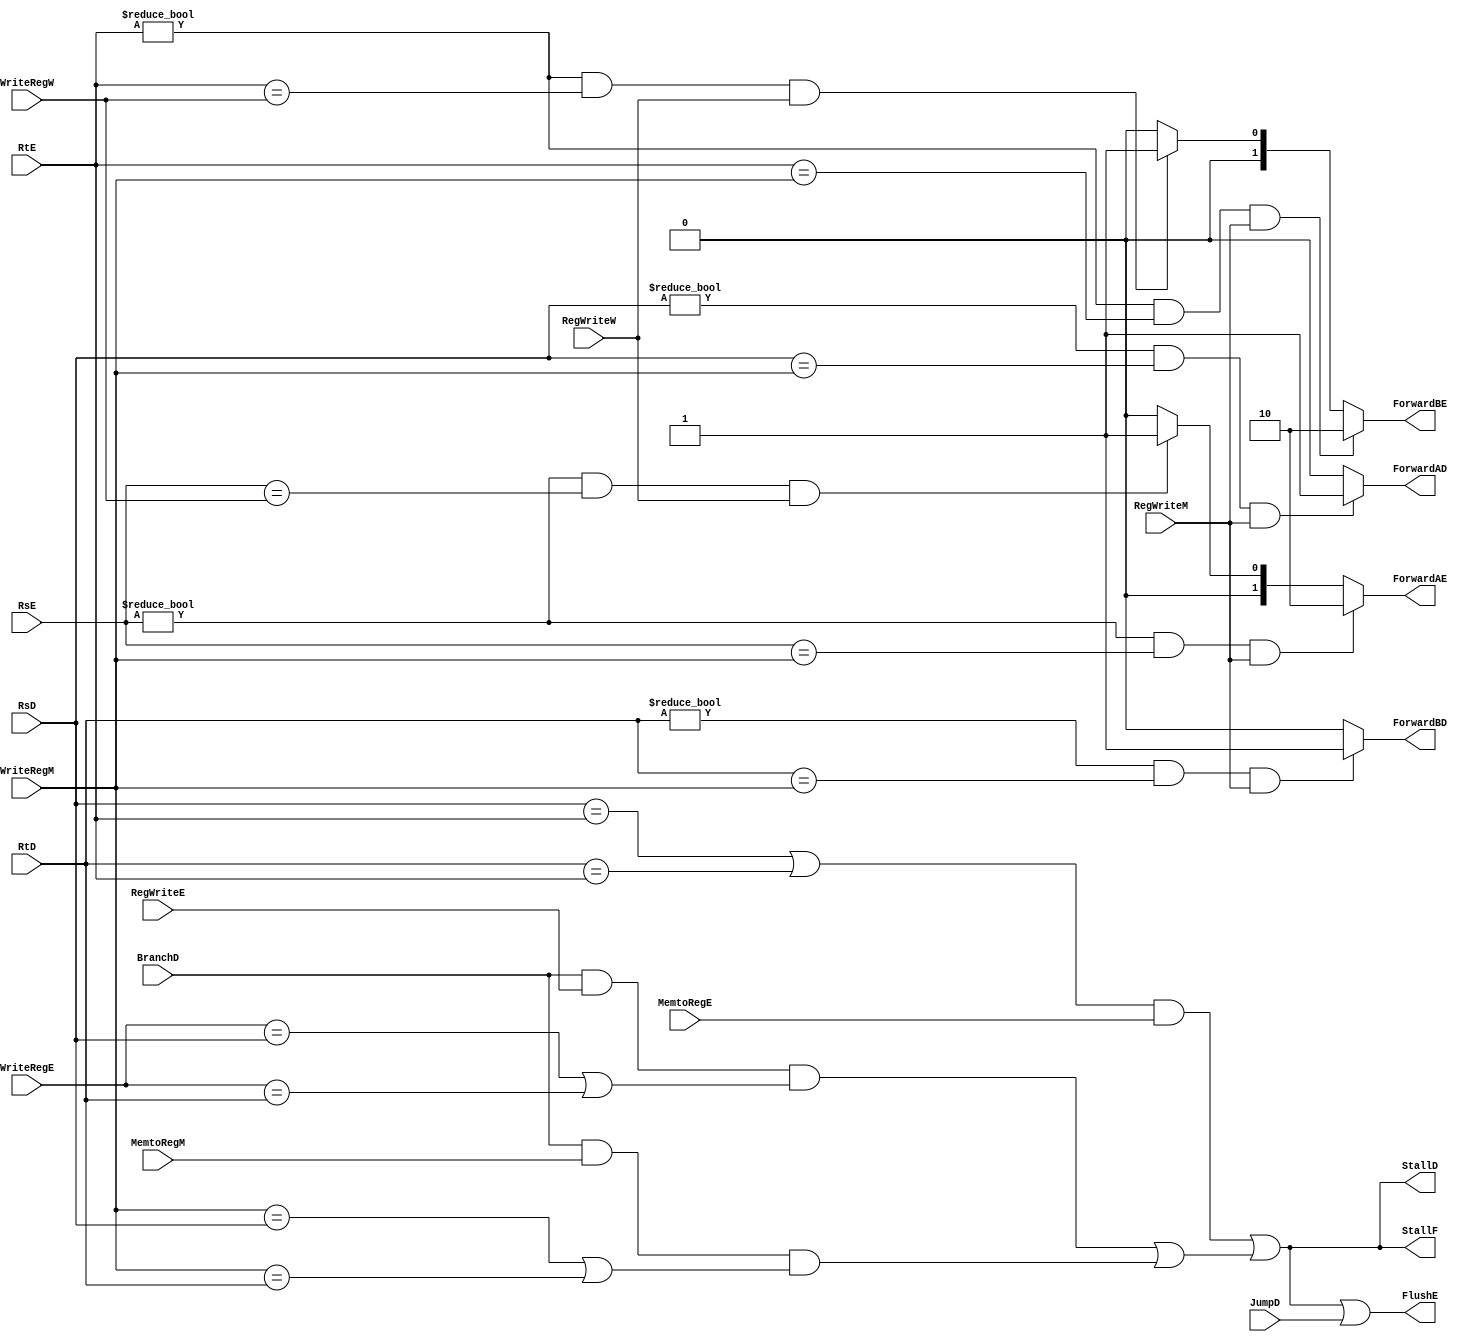
module Hazard_Unit (     
input [4:0] RsD, RtD, RsE, RtE,
input [4:0] WriteRegE, WriteRegW, WriteRegM,
input BranchD,
input MemtoRegE, RegWriteE,
input MemtoRegM, RegWriteM, RegWriteW,
input JumpD,
output reg StallF, StallD,
output reg FlushE,
output reg ForwardAD, ForwardBD,
output reg [1:0] ForwardAE, ForwardBE
);

reg lwstall,branchstall;

always @(*) begin
lwstall= ((RsD== RtE) || (RtD== RtE)) && MemtoRegE;
branchstall= (BranchD && RegWriteE && (WriteRegE == RsD || WriteRegE == RtD))||(BranchD && MemtoRegM && (WriteRegM == RsD || WriteRegM == RtD));
StallF=lwstall||branchstall;
StallD=lwstall||branchstall;
FlushE=lwstall||branchstall||JumpD;
if ((RsE != 5'b0) && (RsE == WriteRegM) && RegWriteM)
ForwardAE <= 2'b10;
else if ((RsE != 5'b0) && (RsE == WriteRegW) && RegWriteW)
ForwardAE <= 2'b01;
else ForwardAE <= 2'b00;

if ((RtE != 5'b0) && (RtE == WriteRegM) && RegWriteM)
ForwardBE <= 2'b10;   
else if ((RtE != 5'b0) && (RtE == WriteRegW) && RegWriteW)
ForwardBE <= 2'b01;
else ForwardBE <= 2'b00;
if((RsD != 5'b0) && (RsD == WriteRegM) && RegWriteM)
ForwardAD <= 1'b1;
else 
ForwardAD <=1'b0;
if((RtD != 5'b0) && (RtD == WriteRegM) && RegWriteM)
ForwardBD <=1'b1;
else 
ForwardBD <=1'b0;
end

    
endmodule